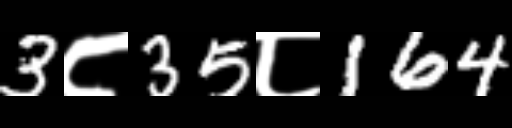
Text: 3८35८164